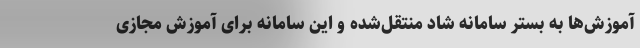
آموزش‌ها به بستر سامانه شاد منتقل‌شده و این سامانه برای آموزش مجازی